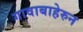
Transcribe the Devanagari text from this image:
गावाबाहेरुन